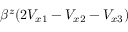
\beta ^ { z } ( 2 V _ { x 1 } - V _ { x 2 } - V _ { x 3 } )